Leaving Certificate Examination, 1918, 1918
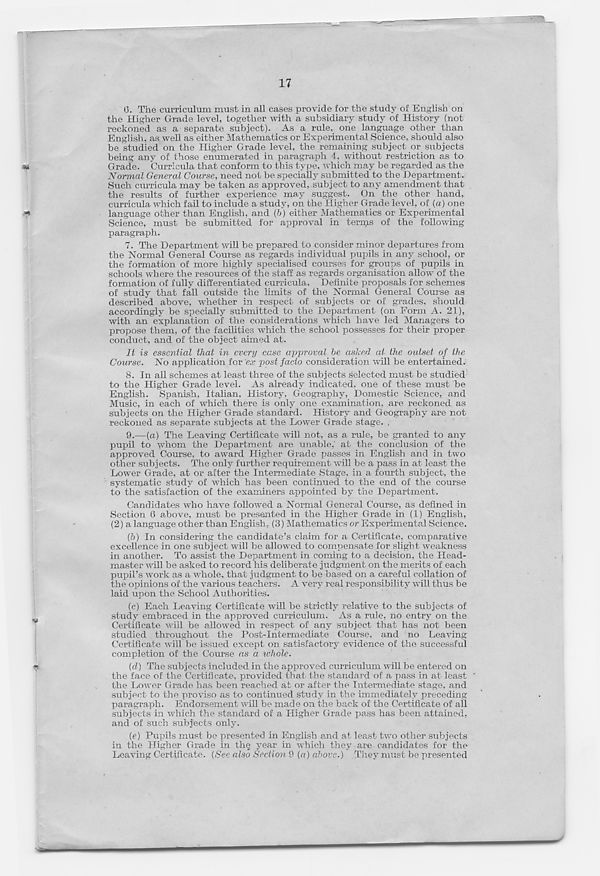
17
0. The curriculum must in all cases provide for the study of English on
the Higher Grade level, together with a subsidiary study of History (not
reckoned as a separate subject). As a rule, one language other than
English, as well as either Mathematics or Experimental Science, should also
be studied on the Higher Grade level, the remaining subject or subjects
being any of those enumerated in paragraph 4, without restriction as to
u
Grade. Curricula that conform to this type, which may be regarded as the
Normal General Course, need not be specially submitted to the Department.
Such curricula may be taken as approved, subject to any amendment that
the results of further experience may suggest. On the other hand,
curricula which fail to include a study, on the Higher Grade level, of (a) one
language other than English, and (b) either Mathematics or Experimental
Science, must be submitted for approval in terms of the following
paragraph.
7. The Department will be prepared to consider minor departures from
the Normal General Course as regards individual pupils in any school, or
the formation of more highly specialised courses for groups of pupils in
schools where the resources of the staff as regards organisation allow of the
formation of fully differentiated curricula. Definite proposals for schemes
of study that fall outside the limits of the Normal General Coui’se as
described above, whether in respect of subjects or of grades, should
accordingly be specially submitted to the Department (on Form A. 21),
with an explanation of the considerations which have led Managers to
propose them, of the facilities which the school possesses for their proper
conduct, and of the object aimed at.
It is essential that in every case approval be ashed at the outset of the
Course.
No application for ex post facto consideration will be entertained.
8. In ail schemes at least three of the subjects selected must be studied
to the Higher Grade level. As already indicated, one of these must be
English. Spanish, Italian, History, Geography, Domestic Science, and
Music, in each of which there is only one examination, are reckoned as
subjects on the Higher Grade standard. History and Geography are not
reckoned as separate subjects at the Lower Grade stage. .
9.
—(a) The Leaving Certificate will not, a
pupil to whom the Department are unable,' at the conclusion of the
approved Course, to award Higher Grade passes in English and in two
other subjects. The only further requirement will be a pass in at least the
Lower Grade, at or after the Intermediate Stage, in a fourth subject, the
systematic study of which has been continued to the end of the course
to the satisfaction of the examiners appointed by the Department.
Candidates who have followed a Normal General Course, as defined in
Section 6 above, must be presented in the Higher Grade in (1) English,
(2) a language other than English , (3) Mathematics or Experimental Science.
(6) In considering the candidate’s claim for a Certificate, comparative
excellence in one subject will be allowed to compensate for slight weakness
in another. To assist the Department in coming to a decision, the Head-
master will be asked to record his deliberate judgment on the merits of each
pupil’s work as a whole, that judgment to be based on a careful collation of
the opinions of the various teachers. A very real responsibility will thus be
laid upon the School Authorities.
(c) Each Leaving Certificate will be strictly relative to the subjects of
study embraced in the approved curriculum. As a rule, no entry on the
Certificate will be allowed in respect of any subject that has not been
studied throughout the Post-Intermediate Course, and no Leaving
Certificate will be issued except on satisfactory evidence of the successful
completion of the Course as a whole.
n
(d) The subjects included in the approved curriculum will be entered on
the face of the Certificate, provided that the standard of a pass in at least
the Lower Grade has been reached at or after the Intermediate stage, and
subject to the proviso as to continued study in the immediately preceding
paragraph. Endorsement will be made on the back of the Certificate of all
subjects in which the standard of a Higher Grade pass has been attained,
and of such subjects only.
(e) Pupils must be presented in English and at least two other subjects
in the Higher Grade in the year in which they are candidates for the
Leaving Certificate. (See also Section 9 (a) above.) They must be presented